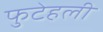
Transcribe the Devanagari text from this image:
फुटेहली